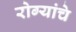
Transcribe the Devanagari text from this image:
रोग्यांचे